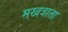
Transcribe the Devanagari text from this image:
मखत्राता